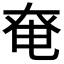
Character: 𡘤